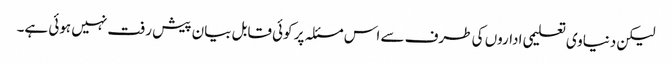
لیکن دنیاوی تعلیمی اداروں کی طرف سے اس مسئلہ پر کوئی قابل بیان پیش رفت نہیں ہوئی ہے۔